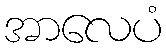
အာလေပံ